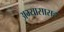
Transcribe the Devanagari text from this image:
अभ्यासासह